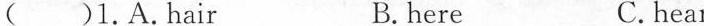
( )1. A. Hair B. here C. hear